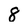
Character: 8